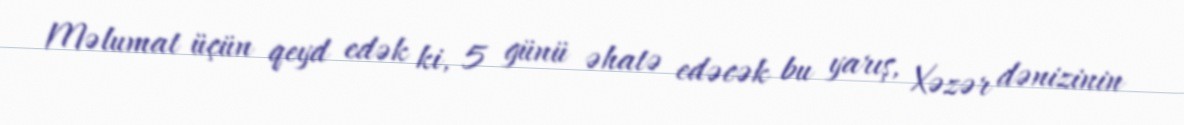
Məlumat üçün qeyd edək ki, 5 günü əhatə edəcək bu yarış, Xəzər dənizinin